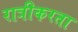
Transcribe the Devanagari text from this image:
रात्रीकरता